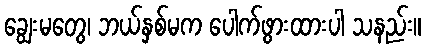
ချွေးမတွေ၊ ဘယ်နှစ်မက ပေါက်ဖွားထားပါ သနည်း။